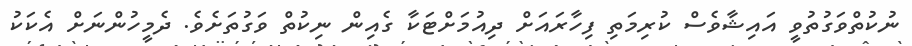
ނުކުތްވަގުތުވީ އައިޝާވެސް ކުރިމަތި ފިހާރައަށް ދިއުމަށްޓަކާ ގެއިން ނިކުތް ވަގުތަށެވެ. ދެމީހުންނަށް އެކަކު